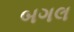
બગલ